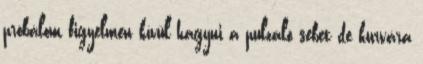
próbálom figyelmen kívül hagyni a pulzáló sebet de kurvára